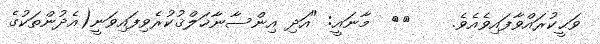
ވަޙީކުރައްވާފައިވެއެވެ.    ٢٨  މާނައީ: "އަދި އިންސާނާޚަލްޤުކުރެވިފައިވަނީ(އެދުންތަކުގެ